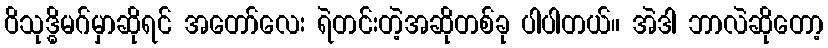
ဝိသုဒ္ဓိမဂ်မှာဆိုရင် အတော်လေး ရဲတင်းတဲ့အဆိုတစ်ခု ပါပါတယ်။ အဲဒါ ဘာလဲဆိုတော့